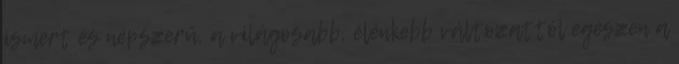
ismert és népszerű, a világosabb, élénkebb változattól egészen a